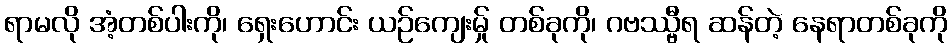
ရာမလို အံ့တစ်ပါးကို၊ ရှေးဟောင်း ယဉ်ကျေးမ်ှု တစ်ခုကို၊ ဂဗဿ္ဗီရ ဆန်တဲ့ နေရာတစ်ခုကို